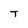
Character: T